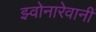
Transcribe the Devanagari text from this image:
झ्वोनारेवानीं